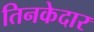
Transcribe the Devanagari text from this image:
तिनकेदार